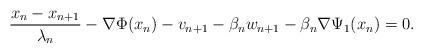
LaTeX: \begin{align*}\frac{x_n-x_{n+1}}{\lambda_n}-\nabla\Phi(x_n)-v_{n+1}-\beta_nw_{n+1}-\beta_n\nabla\Psi_1(x_n)=0.\end{align*}